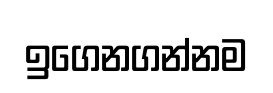
ඉගෙනගන්නම